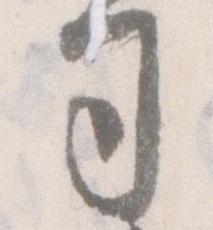
司